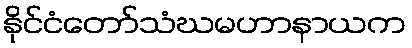
နိုင်ငံတော်သံဃမဟာနာယက